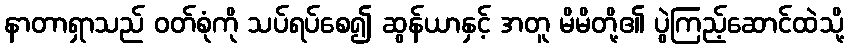
နာတာရှာသည် ဝတ်စုံကို သပ်ရပ်စေ၍ ဆွန်ယာနှင့် အတူ မိမိတို့၏ ပွဲကြည့်ဆောင်ထဲသို့